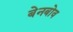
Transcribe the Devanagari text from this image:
बेनबोव